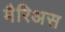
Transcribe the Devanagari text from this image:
मैरिअस